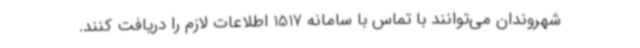
شهروندان می‌توانند با تماس با سامانه 1517 اطلاعات لازم را دریافت کنند.